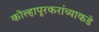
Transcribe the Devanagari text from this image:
कोल्हापूरकरांच्याकडे